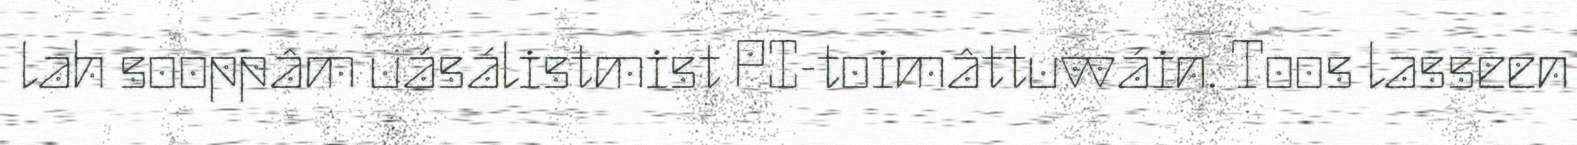
lah sooppâm uásálistmist PI-toimâttuvváin. Toos lasseen